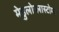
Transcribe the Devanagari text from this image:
मेडुलोब्लास्टोमा